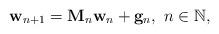
LaTeX: \begin{align*}\mathbf{w}_{n+1}=\mathbf{M}_n\mathbf{w}_n+\mathbf{g}_n,~n\in\mathbb{N},\end{align*}